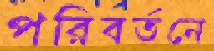
পরিবর্তনে